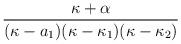
LaTeX: \begin{align*}\frac{\kappa +\alpha }{(\kappa -a_{1})(\kappa -\kappa _{1})(\kappa -\kappa _{2})}\end{align*}